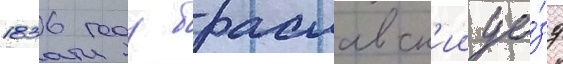
1836 году браславск'ии уе́зд